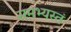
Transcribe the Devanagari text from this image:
समभ्यस्तं